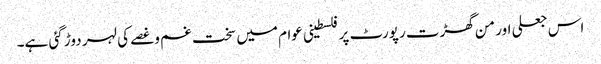
اس جعلی اور من گھڑت رپورٹ پر فلسطینی عوام میں سخت غم وغصے کی لہر دوڑ گئی ہے۔